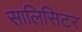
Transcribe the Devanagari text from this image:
सालिसिटर